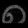
Digit: ၈